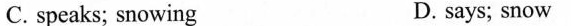
C.speaks;snowing D. says;snow